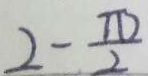
2 - \frac { \pi } { 2 }